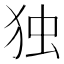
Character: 独